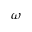
\omega